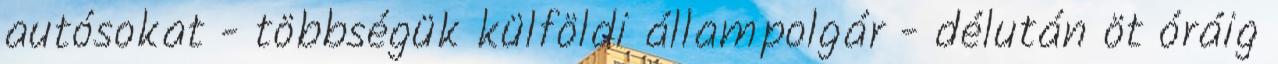
autósokat - többségük külföldi állampolgár - délután öt óráig